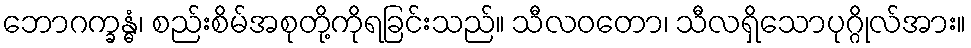
ဘောဂက္ခန္ဓံ၊ စည်းစိမ်အစုတို့ကိုရခြင်းသည်။ သီလဝတော၊ သီလရှိသောပုဂ္ဂိုလ်အား။